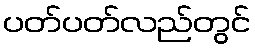
ပတ်ပတ်လည်တွင်